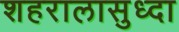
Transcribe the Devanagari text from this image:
शहरालासुध्दा